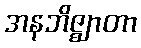
အနဘိဇ္ဈာတာ